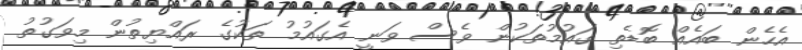
އެހެން ބައެއް ބޮޑެތި ގައުމުތަކުން ވެސް ވަނީ އެގައުމު ތަކުގެ ރައްޔިތުން މިވަގުތު